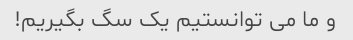
و ما می توانستیم یک سگ بگیریم!